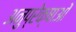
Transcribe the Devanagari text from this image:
अनुप्रेक्षाओं